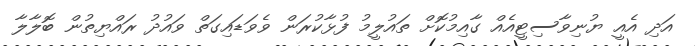
އަދި އެއީ ޔުނިވާސިޓީއެއް ގާއިމުކޮށް ތަައުލީމު ފުޅާކުރަން ވެވަޑައިގަތް ވައުދު ރައްޔިތުން ބޮލާލާ